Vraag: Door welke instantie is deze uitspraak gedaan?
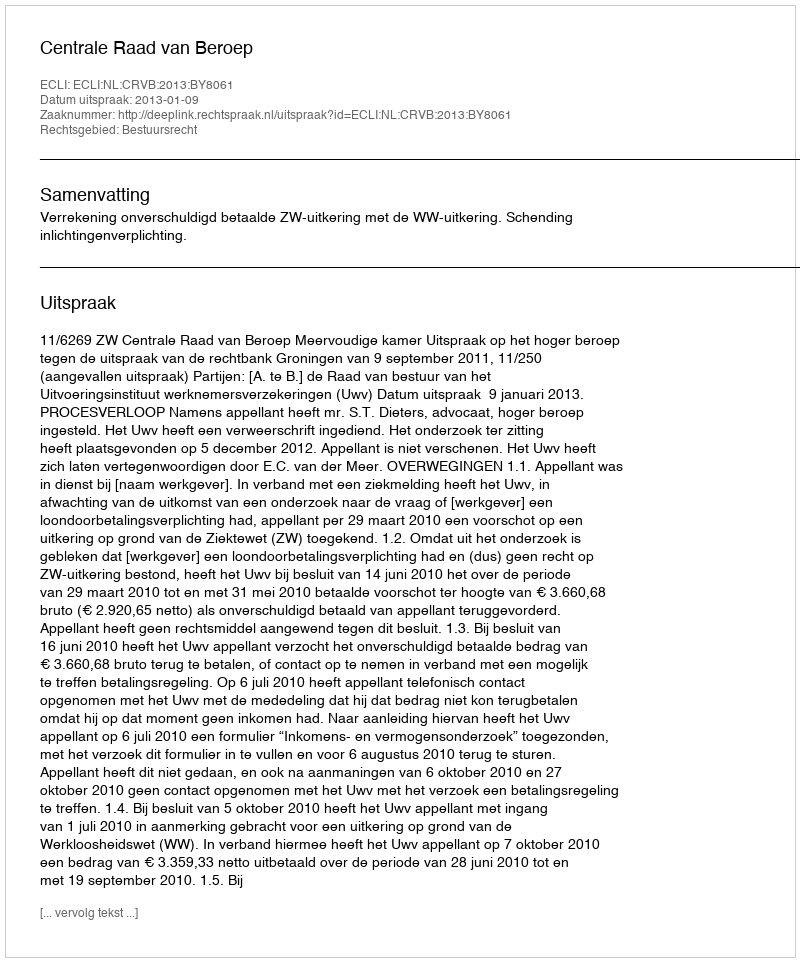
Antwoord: Centrale Raad van Beroep